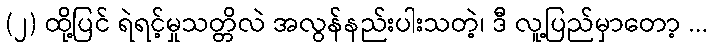
(၂) ထို့ပြင် ရဲရင့်မှုသတ္တိလဲ အလွန်နည်းပါးသတဲ့၊ ဒီ လူ့ပြည်မှာတော့ ...